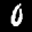
Label: 0